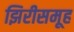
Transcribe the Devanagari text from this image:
झिरीसमूह